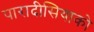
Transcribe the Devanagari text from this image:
पारादीसियाको